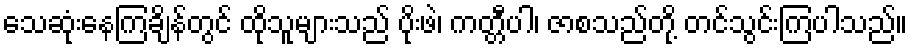
သေဆုံးနေကြချိန်တွင် ထိုသူများသည် ပိုးဖဲ၊ ကတ္တီပါ၊ ဇာစသည်တို့ တင်သွင်းကြပါသည်။